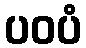
ပဝပံ